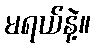
မရယ်နဲ့။